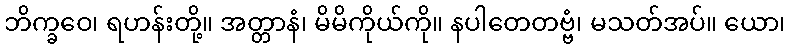
ဘိက္ခဝေ၊ ရဟန်းတို့။ အတ္တာနံ၊ မိမိကိုယ်ကို။ နပါတေတဗ္ဗံ၊ မသတ်အပ်။ ယော၊